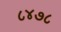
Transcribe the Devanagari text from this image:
८४७८